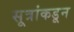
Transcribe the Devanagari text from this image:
सूत्रांकडून